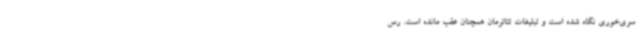
سری‌خوری نگاه شده است و تبلیغات تئاترمان همچنان عقب مانده است. رس